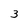
Character: 3